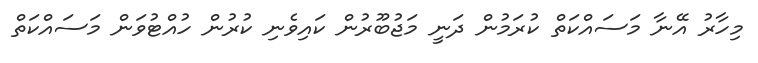
މިހާރު އޭނާ މަސައްކަތް ކުރަމުން ދަނީ މަޖުބޫރުން ކައިވެނި ކުރުން ހުއްޓުވަން މަސައްކަތް